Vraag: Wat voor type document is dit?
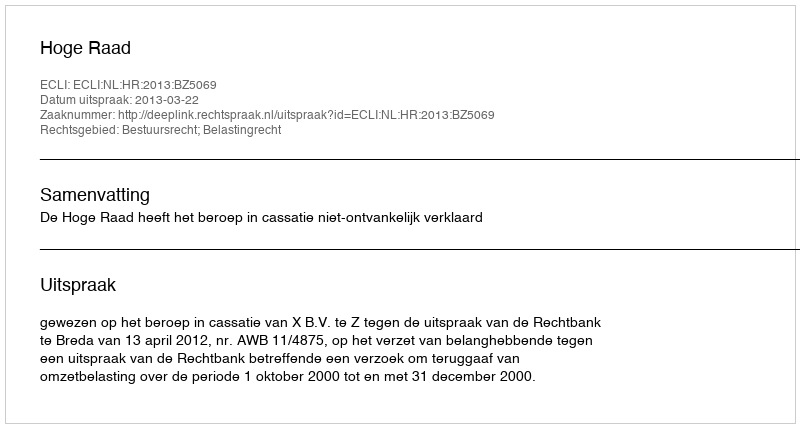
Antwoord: Uitspraak